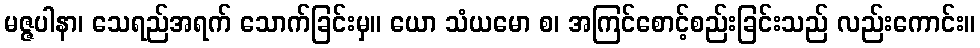
မဇ္ဇပါနာ၊ သေရည်အရက် သောက်ခြင်းမှ။ ယော သံယမော စ၊ အကြင်စောင့်စည်းခြင်းသည် လည်းကောင်း။